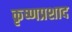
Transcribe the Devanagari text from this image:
कृष्णप्रशाद